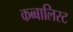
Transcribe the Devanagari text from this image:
कब्बालिस्ट